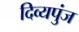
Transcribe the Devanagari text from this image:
दिव्यपुंज